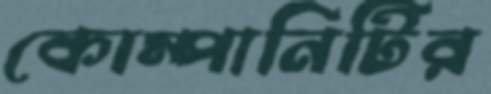
কোম্পানিটির